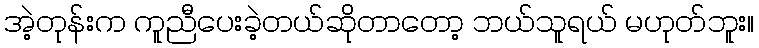
အဲ့တုန်းက ကူညီပေးခဲ့တယ်ဆိုတာတော့ ဘယ်သူရယ် မဟုတ်ဘူး။